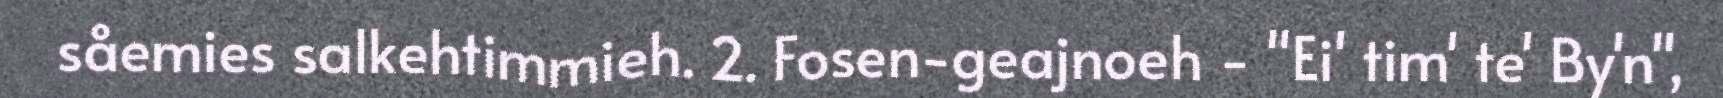
såemies salkehtimmieh. 2. Fosen-geajnoeh - "Ei' tim' te' By'n",